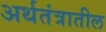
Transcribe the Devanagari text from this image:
अर्थतंत्रातील